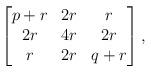
LaTeX: \begin{align*} \begin{bmatrix} p+r & 2r & r \\ 2r & 4r & 2r \\ r & 2r & q+r \end{bmatrix} ,\end{align*}